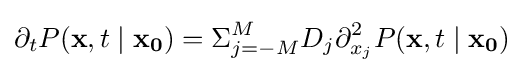
\partial _{t}P(\mathbf {x} ,t\mid \mathbf {x_{0}} )=\Sigma _{j=-M}^{M}D_{j}\partial _{x_{j}}^{2}P(\mathbf {x} ,t\mid \mathbf {x_{0}} )